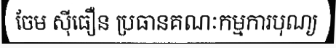
ចែម ស៊ីធឿន ប្រធានគណៈកម្មការបុណ្យ